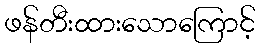
ဖန်တီးထားသောကြောင့်